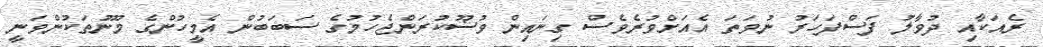
ރެއަކާއި ދުވާލު ފަސްފަހަރު ނުވަތަ އެއަށްވުރެވެސް ގިނައިން ވުޟޫކުރަންޖެހުމުގެ ސަބަބުން އެމީހުންގެ މޫނުތަކުންވަނީ